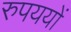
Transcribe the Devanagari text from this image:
रुपययों